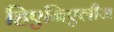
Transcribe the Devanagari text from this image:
हिएनिएलीज